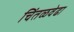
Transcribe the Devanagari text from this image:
चिंतळवेढा